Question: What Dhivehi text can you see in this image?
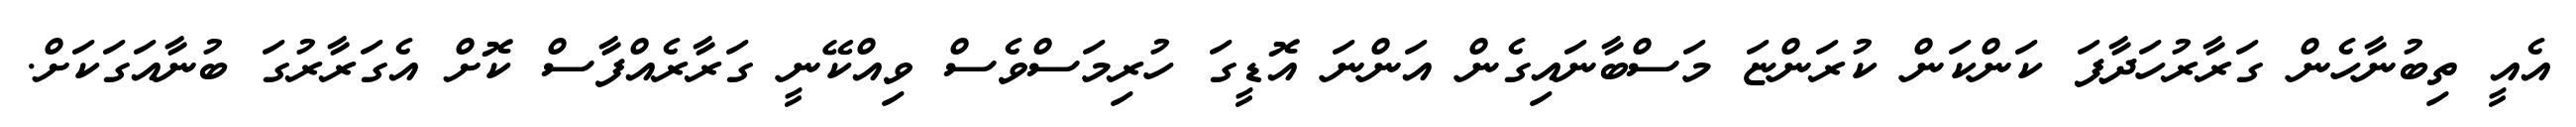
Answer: އެއީ ތިބުނާހެން ގަރާރުހަދާފަ ކަންކަން ކުރަންޏަ މަސްބާނައިގެން އަންނަ އޮޑީގަ ހުރިމަސްވެސް ވިއްކޭނީ ގަރާރެއްފާސް ކޮށް އެގަރާރުގަ ބުނާއަގަކަށް.